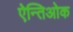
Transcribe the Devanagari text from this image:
ऐन्तिओक